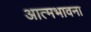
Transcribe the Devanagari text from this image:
आत्मभावना